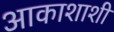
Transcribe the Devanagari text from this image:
आकाशाशी